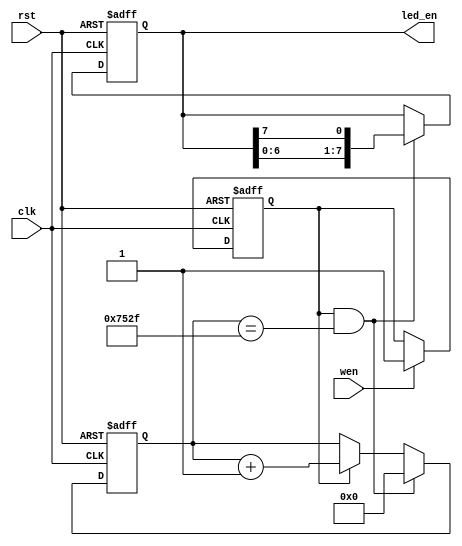
module timer(
    input wire clk,         
    input wire rst,        
    input wire wen,     
    output reg [7:0]led_en      
);  
    
    reg clock_inc;
    wire clock_end;
    reg [24:0]clock;

    always @(posedge clk or posedge rst) begin      
        if(rst)              clock_inc <= 1'b0;
        else if(wen)        clock_inc <= 1'b1;
        else                clock_inc <= clock_inc;
    end

    assign clock_end = clock_inc & (clock==25'd29999);  

    always @(posedge clk or posedge rst) begin      
        if(rst)     clock <= 25'd0;
        else if(clock_end)   clock <= 25'd0;
        else if(clock_inc)     clock <= clock + 25'd1;
        else   clock <= clock;
    end

    always @(posedge clk or posedge rst) begin      //2ms
        if(rst)   led_en <= 8'b1111_1110;
        else if(clock_end)    led_en <= {led_en[6:0],led_en[7]};  
        else    led_en <= led_en;
    end

endmodule //timer